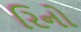
રિનો